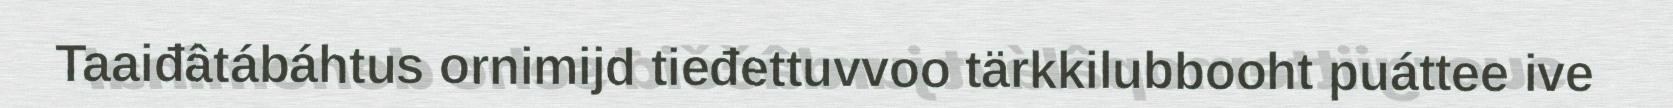
Taaiđâtábáhtus ornimijd tieđettuvvoo tärkkilubbooht puáttee ive